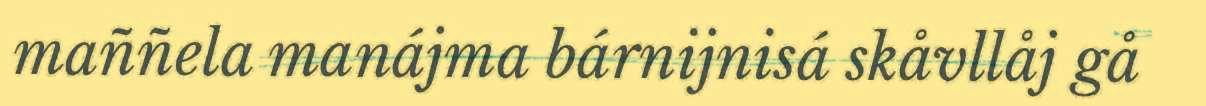
maññela manájma bárnijnisá skåvllåj gå